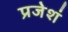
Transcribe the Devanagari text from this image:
प्रजेशं